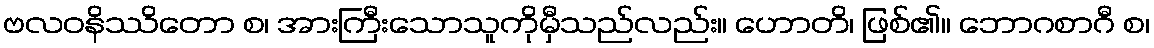
ဗလဝနိဿိတော စ၊ အားကြီးသောသူကိုမှီသည်လည်း။ ဟောတိ၊ ဖြစ်၏။ ဘောဂစာဂီ စ၊